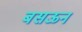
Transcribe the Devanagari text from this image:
बसऊन